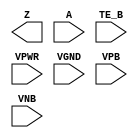
/**
 * Copyright 2020 The SkyWater PDK Authors
 *
 * Licensed under the Apache License, Version 2.0 (the "License");
 * you may not use this file except in compliance with the License.
 * You may obtain a copy of the License at
 *
 *     https://www.apache.org/licenses/LICENSE-2.0
 *
 * Unless required by applicable law or agreed to in writing, software
 * distributed under the License is distributed on an "AS IS" BASIS,
 * WITHOUT WARRANTIES OR CONDITIONS OF ANY KIND, either express or implied.
 * See the License for the specific language governing permissions and
 * limitations under the License.
 *
 * SPDX-License-Identifier: Apache-2.0
 */

`ifndef SKY130_FD_SC_LP__EBUFN_PP_BLACKBOX_V
`define SKY130_FD_SC_LP__EBUFN_PP_BLACKBOX_V

/**
 * ebufn: Tri-state buffer, negative enable.
 *
 * Verilog stub definition (black box with power pins).
 *
 * WARNING: This file is autogenerated, do not modify directly!
 */

`timescale 1ns / 1ps
`default_nettype none

(* blackbox *)
module sky130_fd_sc_lp__ebufn (
    Z   ,
    A   ,
    TE_B,
    VPWR,
    VGND,
    VPB ,
    VNB
);

    output Z   ;
    input  A   ;
    input  TE_B;
    input  VPWR;
    input  VGND;
    input  VPB ;
    input  VNB ;
endmodule

`default_nettype wire
`endif  // SKY130_FD_SC_LP__EBUFN_PP_BLACKBOX_V